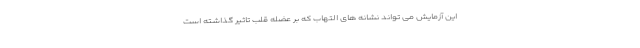
این آزمایش می تواند نشانه های التهاب که بر عضله قلب تاثیر گذاشته است